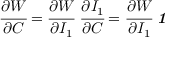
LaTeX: { \cfrac { \partial W } { \partial { \boldsymbol { C } } } } = { \cfrac { \partial W } { \partial I _ { 1 } } } ~ { \cfrac { \partial I _ { 1 } } { \partial { \boldsymbol { C } } } } = { \cfrac { \partial W } { \partial I _ { 1 } } } ~ { \boldsymbol { \mathit { 1 } } }